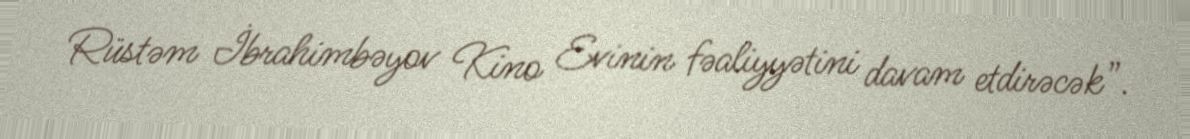
Rüstəm İbrahimbəyov Kino Evinin fəaliyyətini davam etdirəcək”.